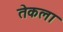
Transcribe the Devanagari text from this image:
तेकला